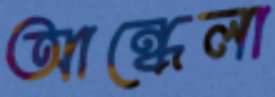
আন্ধেলা